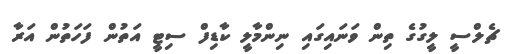
ޗެލްސީ ލީގުގެ ތިން ވަނައިގައި ނިންމާލީ ކާޑިފް ސިޓީ އަތުން ފަހަތުން އަރާ